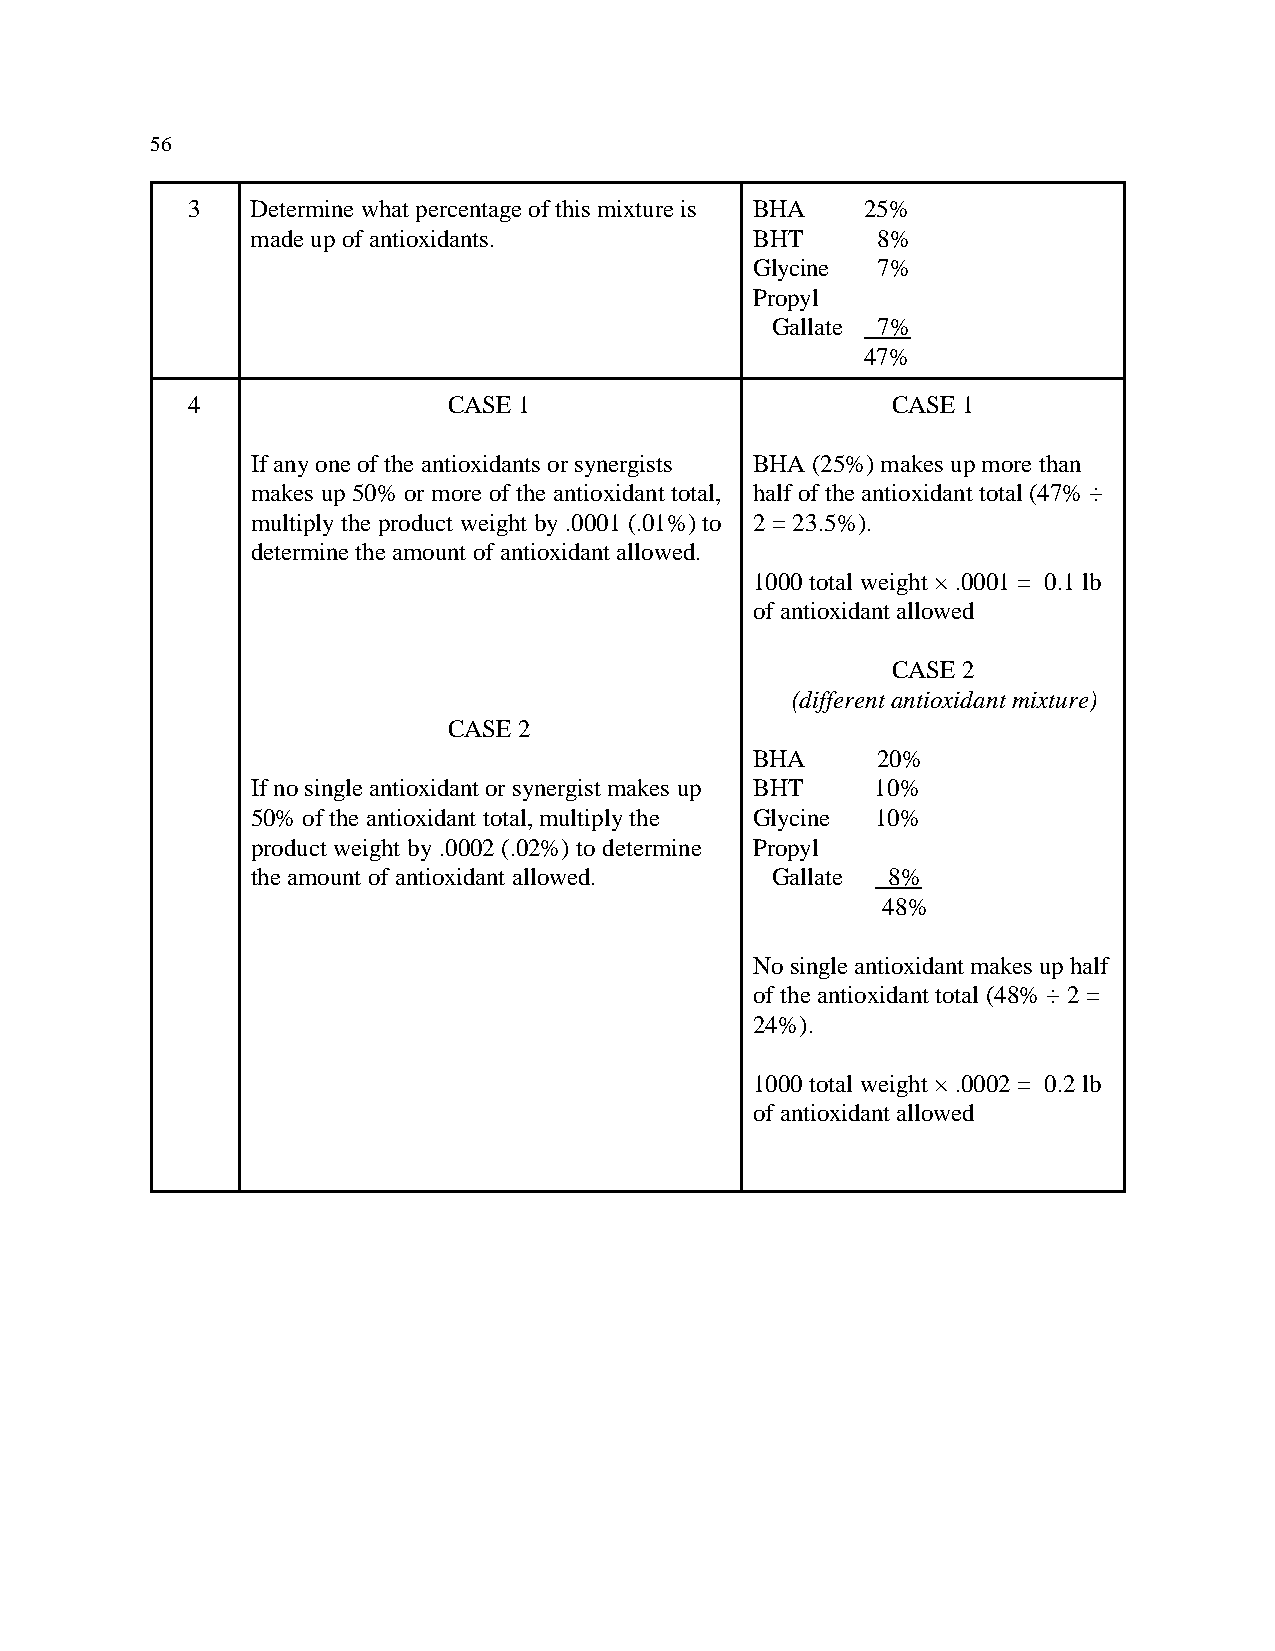
56
 3    Determine what percentage of this mixture is BHA 25%
 made up of antioxidants.         BHT     8%
 Glycine 7%
 Propyl
 Gallate 7%
 47%
 4                 CASE 1                       CASE 1
 If any one of the antioxidants or synergists BHA (25%) makes up more than
 makes up 50% or more of the antioxidant total, half of the antioxidant total (47% ÷
 multiply the product weight by .0001 (.01%) to 2 = 23.5%).
 determine the amount of antioxidant allowed.
 1000 total weight × .0001 = 0.1 lb
 of antioxidant allowed
 CASE 2
 (different antioxidant mixture)
 CASE 2
 BHA     20%
 If no single antioxidant or synergist makes up BHT 10%
 50% of the antioxidant total, multiply the Glycine 10%
 product weight by .0002 (.02%) to determine Propyl
 the amount of antioxidant allowed. Gallate 8%
 48%
 No single antioxidant makes up half
 of the antioxidant total (48% ÷ 2 =
 24%).
 1000 total weight × .0002 = 0.2 lb
 of antioxidant allowed